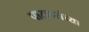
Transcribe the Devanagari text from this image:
पाटकरांच्या